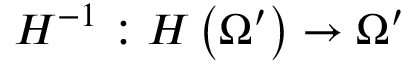
\boldsymbol { H } ^ { - 1 } : \boldsymbol { H } \left( \Omega ^ { \prime } \right) \rightarrow \Omega ^ { \prime }